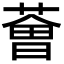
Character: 𦸥